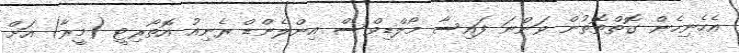
އެހެނިހެން ގޮތްތޮތުން ވަންނަ ފައިސާ މޯލްޑިވްސް އިންލެންޑް ރެެނިއު އޮތޯރިޓީ (މީރާ) އަށް